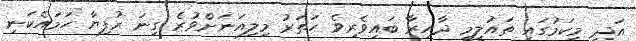
އަދި މިކަމުގައި ތައުލީމީ ދާއިރާ ބައިވެރިވެ ހަތަރު މިލިއަނަށްވުރެ ގިނަ ރުފިޔާ ހަމައެކަނި